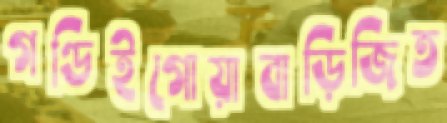
গণ্ডিইগোয়াবাড়িজিত